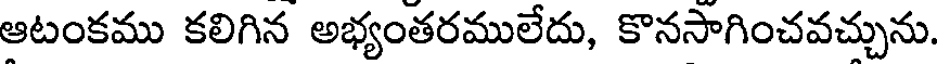
ఆటంకము కలిగిన అభ్యంతరములేదు, కొనసాగించవచ్చును.